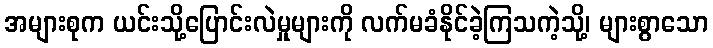
အများစုက ယင်းသို့ပြောင်းလဲမှုများကို လက်မခံနိုင်ခဲ့ကြသကဲ့သို့၊ များစွာသော